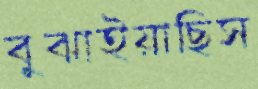
বুঝাইয়াছিস